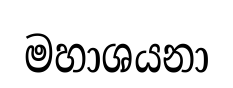
මහාශයනා